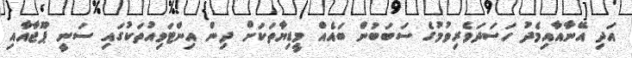
އަދި އޭނާއާއިމެދު ހަސަދަވެރިވުމުގެ ސަބަބުން ބައެއް މީޑިޔާތަކަށް ދިން އިންޓަވިއުތަކުގައި ސަނީ ޕޫޖާއާއި